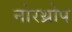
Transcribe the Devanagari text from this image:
नोरथ्रोप